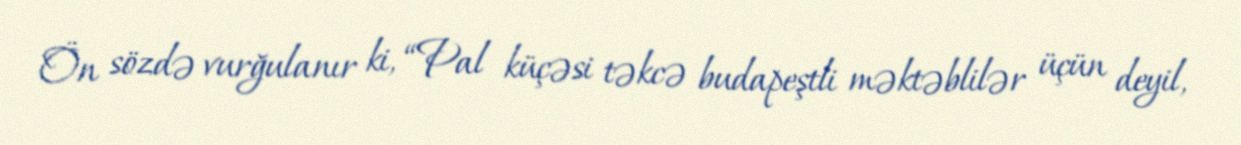
Ön sözdə vurğulanır ki, “Pal küçəsi təkcə budapeştli məktəblilər üçün deyil,